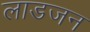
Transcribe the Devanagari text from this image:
लाडजन